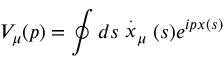
V _ { \mu } ( p ) = \oint d s \stackrel { . } { x } _ { \mu } ( s ) e ^ { i p x ( s ) }